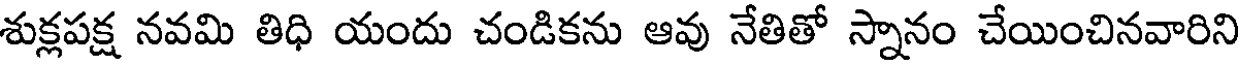
శుక్లపక్ష నవమి తిధి యందు చండికను ఆవు నేతితో స్నానం చేయించినవారిని